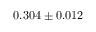
0 . 3 0 4 \pm 0 . 0 1 2